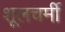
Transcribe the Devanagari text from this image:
शूलचर्मी